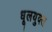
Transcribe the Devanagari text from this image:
धूलयुक्त